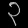
Digit: ၃